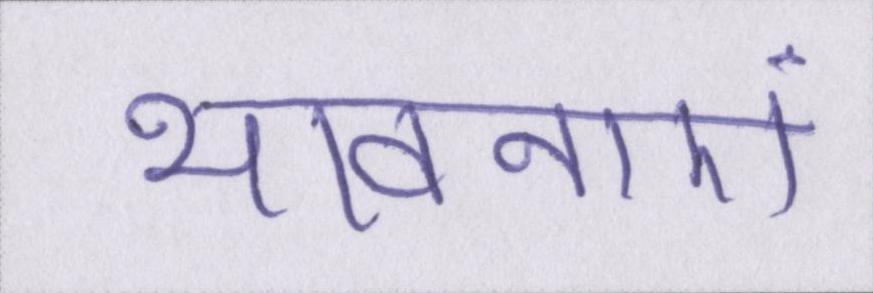
भावनाएं